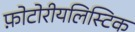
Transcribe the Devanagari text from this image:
फ़ोटोरीयलिस्टिक